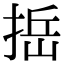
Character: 捳